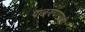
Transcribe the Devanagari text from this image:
पाळण्यापाशी